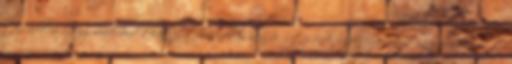
társadalmi igény mind-mind a katasztrófavédelem megerősítésének szükségessége irányába hatott.